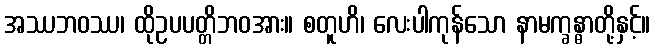
အဿဘဝဿ၊ ထိုဥပပတ္တိဘဝအား။ စတူဟိ၊ လေးပါကုန်သော နာမက္ခန္ဓာတို့နှင့်။